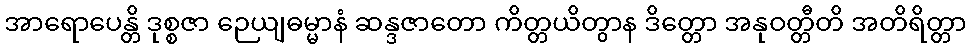
အာရောပေန္တိ ဒုစ္စဇာ ဉေယျဓမ္မာနံ ဆန္ဒဇာတော ကိတ္တယိတွာန ဒိတ္တော အနုဝတ္တီတိ အတိရိတ္တာ